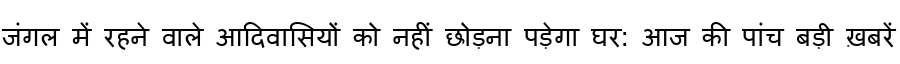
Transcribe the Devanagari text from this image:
जंगल में रहने वाले आदिवासियों को नहीं छोड़ना पड़ेगा घर: आज की पांच बड़ी ख़बरें